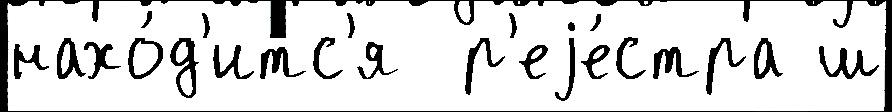
нахо́д'итс'я  р'еjе́стра ш